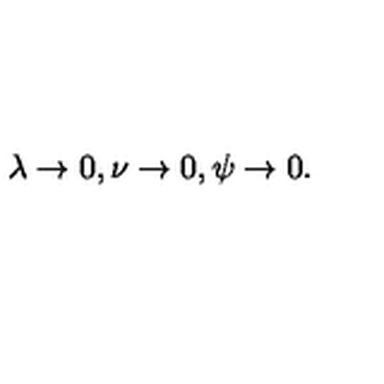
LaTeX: \lambda \rightarrow 0 , \nu \rightarrow 0 , \psi \rightarrow 0 .